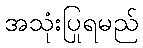
အသုံးပြုရမည်